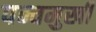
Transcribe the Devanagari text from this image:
पन्चमुखी